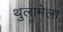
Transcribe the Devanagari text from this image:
थुलामेला